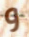
و